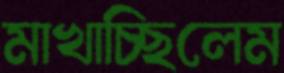
মাখাচ্ছিলেম